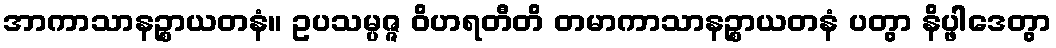
အာကာသာနဉ္စာယတနံ။ ဥပသမ္ပဇ္ဇ ဝိဟရတီတိ တမာကာသာနဉ္စာယတနံ ပတွာ နိပ္ဖါဒေတွာ